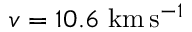
v = 1 0 . 6 ~ \mathrm { k m } \, \mathrm { s } ^ { - 1 }